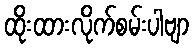
ထိုးထားလိုက်စမ်းပါဗျာ